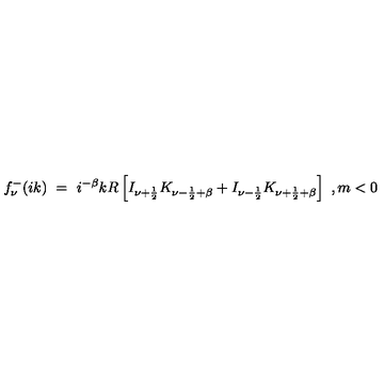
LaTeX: f _ { \nu } ^ { - } ( i k ) \ = \ i ^ { - \beta } k R \left[ I _ { \nu + \frac 1 2 } K _ { \nu - \frac 1 2 + \beta } + I _ { \nu - \frac 1 2 } K _ { \nu + \frac 1 2 + \beta } \right] \ , m < 0